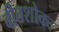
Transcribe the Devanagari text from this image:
वीतशोकः